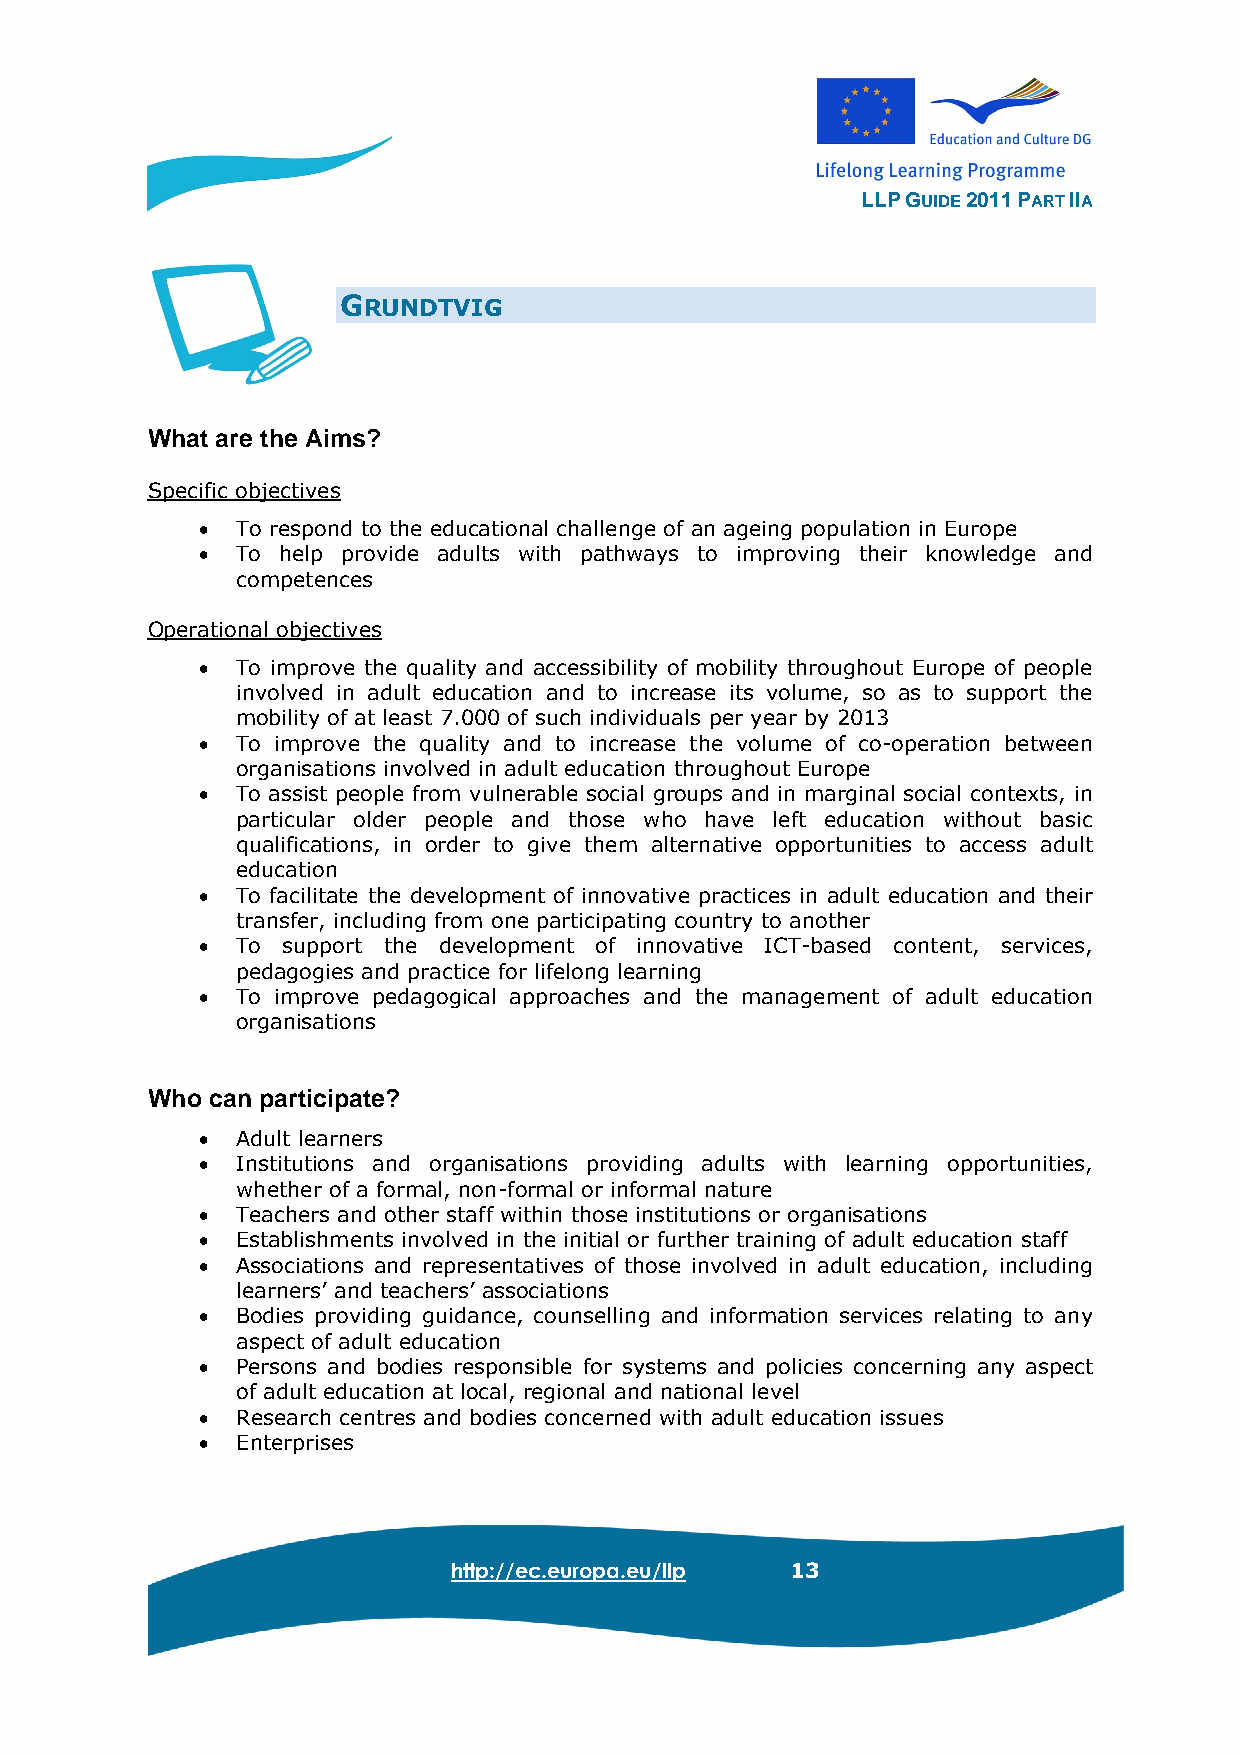
LLP GUIDE 2011 PART IIA
 GRUNDTVIG
 What are the Aims?
 Specific objectives
 •  To respond to the educational challenge of an ageing population in Europe
 •  To help provide adults with pathways to improving their knowledge and
 competences
 Operational objectives
 •  To improve the quality and accessibility of mobility throughout Europe of people
 involved in adult education and to increase its volume, so as to support the
 mobility of at least 7.000 of such individuals per year by 2013
 •  To improve the quality and to increase the volume of co-operation between
 organisations involved in adult education throughout Europe
 •  To assist people from vulnerable social groups and in marginal social contexts, in
 particular older people and those who have left education without basic
 qualifications, in order to give them alternative opportunities to access adult
 education
 •  To facilitate the development of innovative practices in adult education and their
 transfer, including from one participating country to another
 •  To support the development of innovative ICT-based content, services,
 pedagogies and practice for lifelong learning
 •  To improve pedagogical approaches and the management of adult education
 organisations
 Who can participate?
 •  Adult learners
 •  Institutions and organisations providing adults with learning opportunities,
 whether of a formal, non-formal or informal nature
 •  Teachers and other staff within those institutions or organisations
 •  Establishments involved in the initial or further training of adult education staff
 •  Associations and representatives of those involved in adult education, including
 learners’ and teachers’ associations
 •  Bodies providing guidance, counselling and information services relating to any
 aspect of adult education
 •  Persons and bodies responsible for systems and policies concerning any aspect
 of adult education at local, regional and national level
 •  Research centres and bodies concerned with adult education issues
 •  Enterprises
 http://ec.europa.eu/llp 13